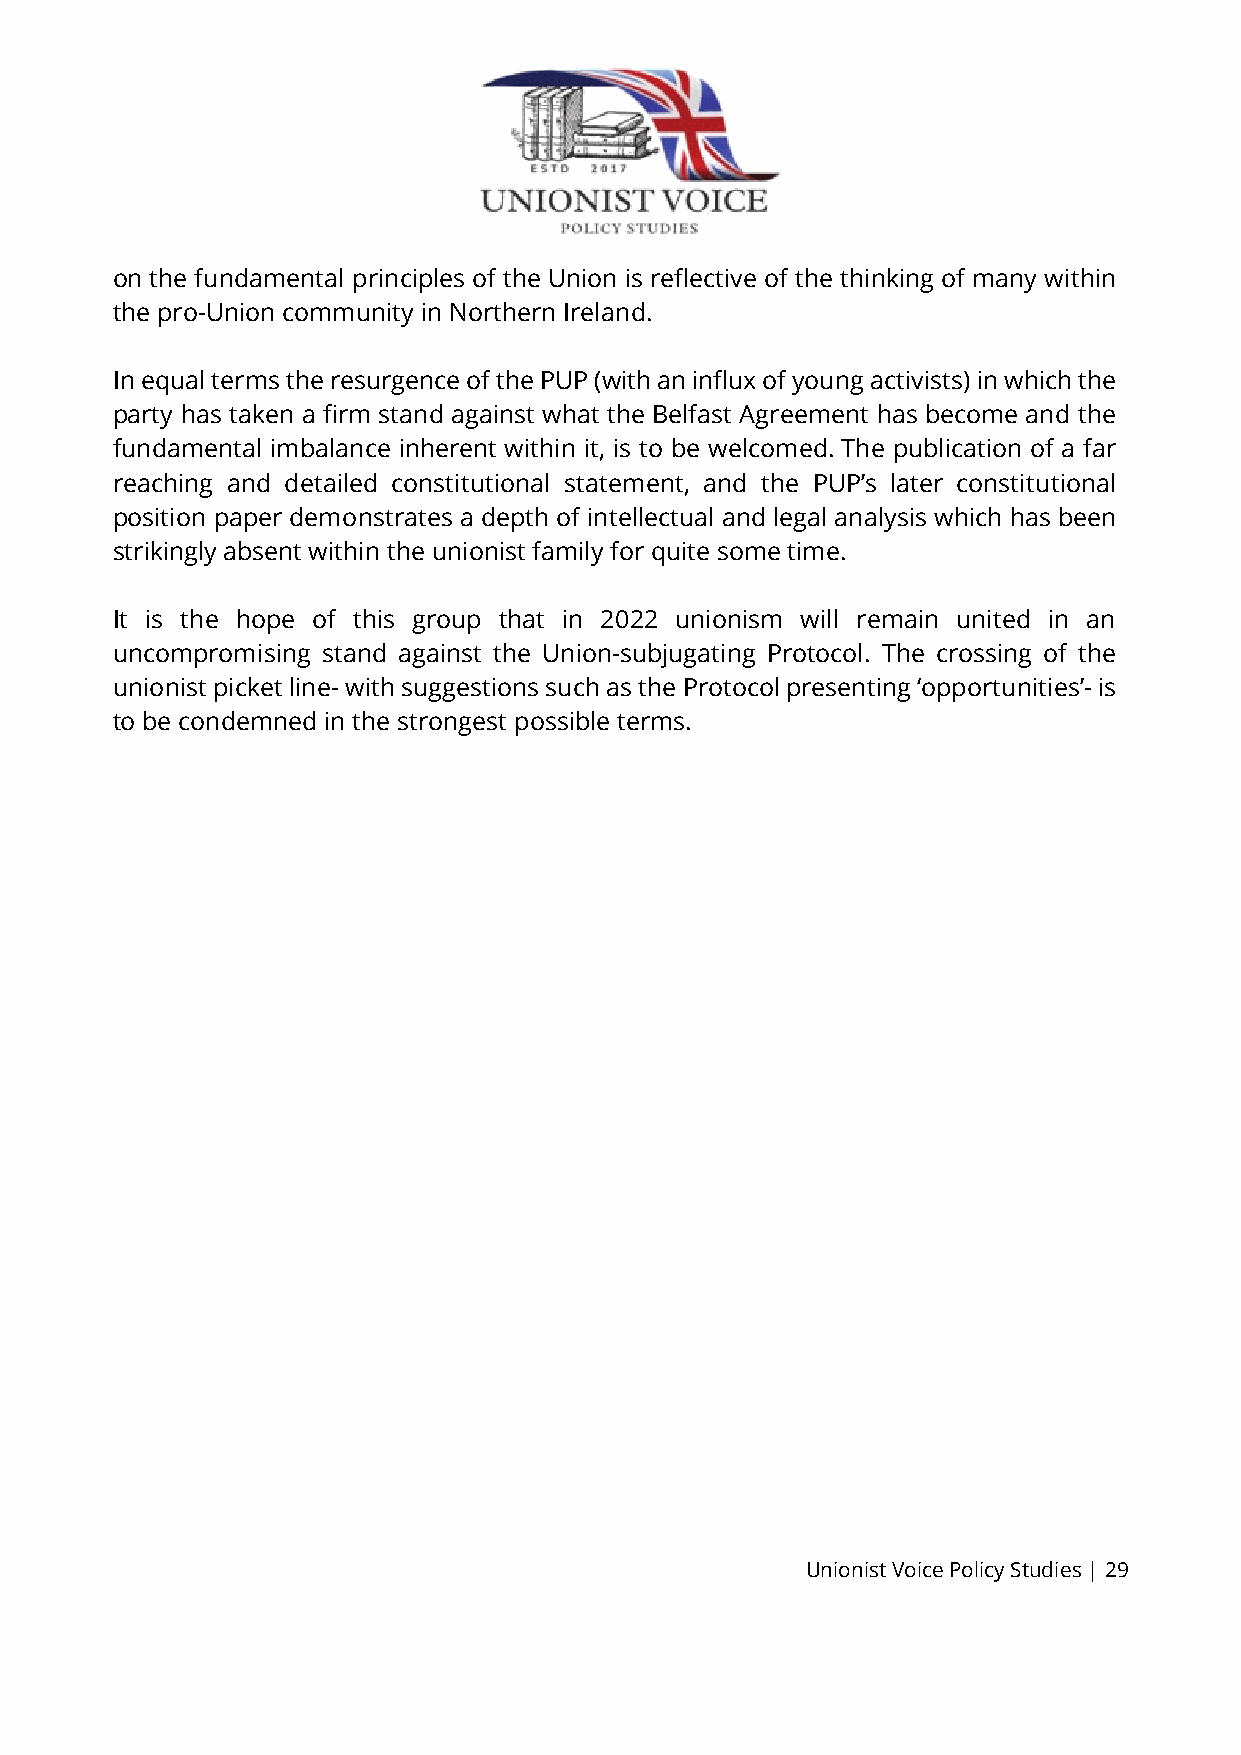
on the fundamental principles of the Union is reflective of the thinking of many within
 the pro-Union community in Northern Ireland.
 In equal terms the resurgence of the PUP (with an influx of young activists) in which the
 party has taken a firm stand against what the Belfast Agreement has become and the
 fundamental imbalance inherent within it, is to be welcomed. The publication of a far
 reaching and detailed constitutional statement, and the PUP’s later constitutional
 position paper demonstrates a depth of intellectual and legal analysis which has been
 strikingly absent within the unionist family for quite some time.
 It is the hope of this group that in 2022 unionism will remain united in an
 uncompromising stand against the Union-subjugating Protocol. The crossing of the
 unionist picket line- with suggestions such as the Protocol presenting ‘opportunities’- is
 to be condemned in the strongest possible terms.
 Unionist Voice Policy Studies | 29